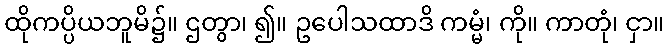
ထိုကပ္ပိယဘူမိ၌။ ဌတွာ၊ ၍။ ဥပေါသထာဒိ ကမ္မံ၊ ကို။ ကာတုံ၊ ငှာ။